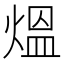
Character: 熅